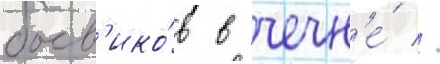
боев'ико́в в чечн'е́ //